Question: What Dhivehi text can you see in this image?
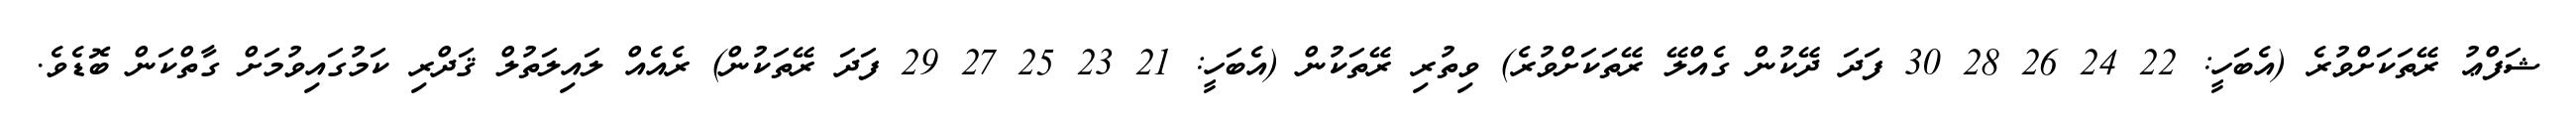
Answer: ޝަފްޢު ރޭތަކަށްވުރެ (އެބަހީ: 22 24 26 28 30 ފަދަ ދޭކުން ގެއްލޭ ރޭތަކަށްވުރެ) ވިތުރި ރޭތަކުން (އެބަހީ: 21 23 25 27 29 ފަދަ ރޭތަކުން) ރެއެއް ލައިލަތުލް ޤަދްރި ކަމުގައިވުމަށް ގާތްކަން ބޮޑެވެ.